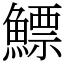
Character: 鰾